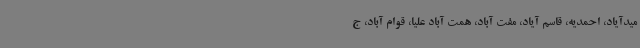
میدآیاد، احمدیه، قاسم آیاد، مفت آباد، همت آباد علیا، قوام آباد، ج